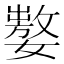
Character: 𰌚